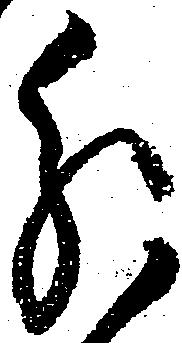
分